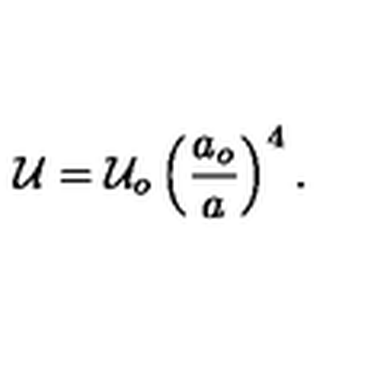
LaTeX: { \cal U } = { \cal U } _ { o } \left( { \frac { a _ { o } } { a } } \right) ^ { 4 } .